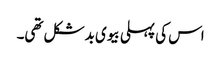
اس کی پہلی بیوی بدشکل تھی۔